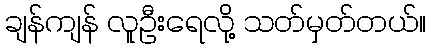
ချန်ကျန် လူဦးရေလို့ သတ်မှတ်တယ်။